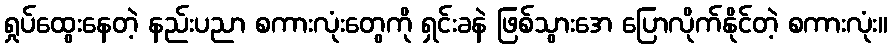
ရှုပ်ထွေးနေတဲ့ နည်းပညာ စကားလုံးတွေကို ရှင်းခနဲ ဖြစ်သွားအေ ပြောလိုက်နိုင်တဲ့ စကားလုံး။